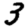
Digit: 3